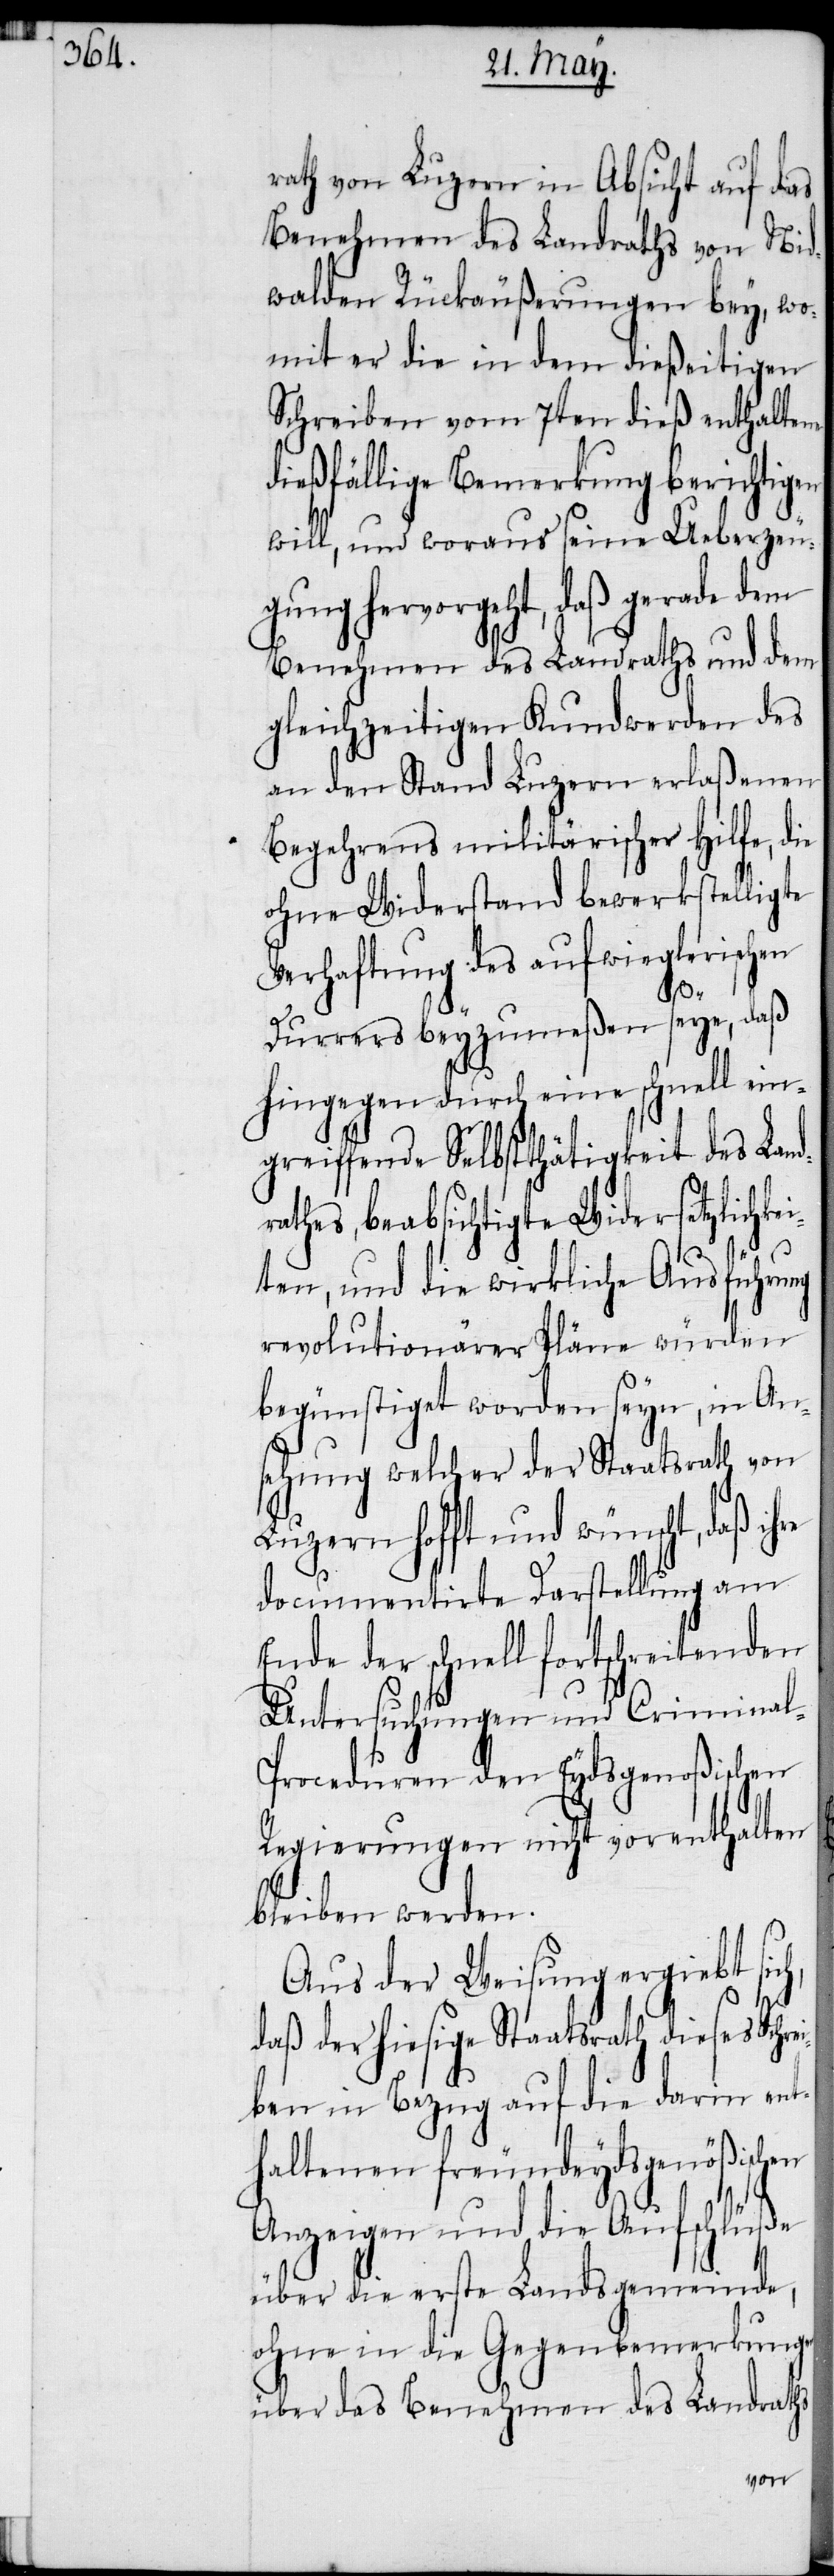
rath von Luzern in Absicht auf das
Benehmen des Landraths von Nid¬
walden Rückäußerungen bey, wo¬
mit er die in dem dießeitigen
Schreiben vom 7ten dieß enthaltene
dießfällige Bemerkung berichtigen
will, und woraus seine Ueberzeu¬
gung hervorgeht, daß gerade dem
Benehmen des Landraths und dem
gleichzeitigen Kundwerden des
an den Stand Luzern erlaßenen
Begehrens militärischer Hilfe, die
ohne Widerstand bewerkstelligte
Verhaftung des aufwieglerischen
ch,
Durrers beyzumeßen seye, daß
hingegen durch eine schnell ein¬
greiffende Selbstthätigkeit des Lan¬
athes, beabsichtigte Widersetzlichke¬
iten, und die wirkliche Ausführung
revolutionärer Pläne würden
begünstiget worden seyn, in
sehung welcher der Staatsrath von
Luzern hofft und wünscht, daß
documentirte Darstellung am
Ende der schnell fortschreitenden
Untersuchungen und Criminal-P¬
roceduren den Eydsgenößischen
Regierungen nicht vorenthalten
bleiben werden.
Aus der Weisung ergiebt si¬
daß der hiesige Staatsrath dieses Schr¬
eiben in Bezug auf die darin ent¬
haltenen freundeydsgenößischen
Anzeigen und die Aufschlüße
über die erste Landsgemeinde,
ohne in die Gegenbemerkungen
über das Benehmen des Landraths